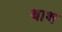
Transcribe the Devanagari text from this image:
थाथ